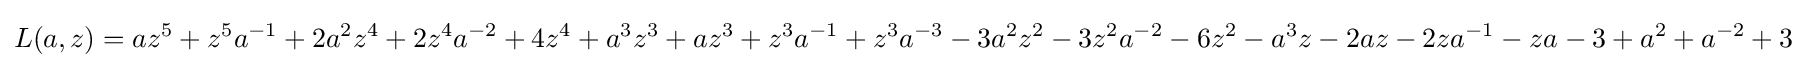
L(a,z)=az^{5}+z^{5}a^{-1}+2a^{2}z^{4}+2z^{4}a^{-2}+4z^{4}+a^{3}z^{3}+az^{3}+z^{3}a^{-1}+z^{3}a^{-3}-3a^{2}z^{2}-3z^{2}a^{-2}-6z^{2}-a^{3}z-2az-2za^{-1}-za^{}-3+a^{2}+a^{-2}+3